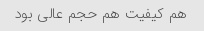
هم کیفیت هم حجم عالی بود